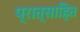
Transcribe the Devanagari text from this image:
प्रात्साहित